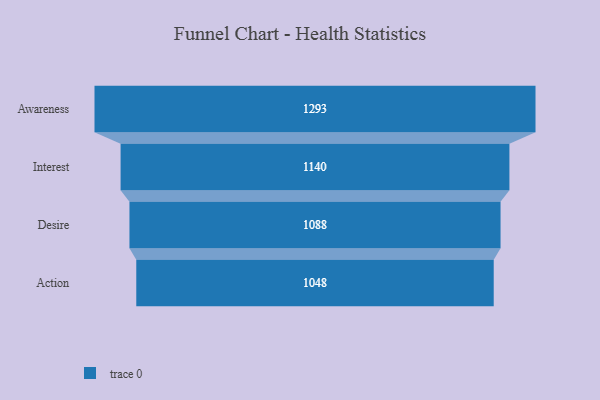
{"axis": {"x": "Stage", "y": "Value"}, "legend": [""], "data": [{"x": "Awareness", "y": 1293.0, "type": ""}, {"x": "Interest", "y": 1140.0, "type": ""}, {"x": "Desire", "y": 1088.0, "type": ""}, {"x": "Action", "y": 1048.0, "type": ""}]}